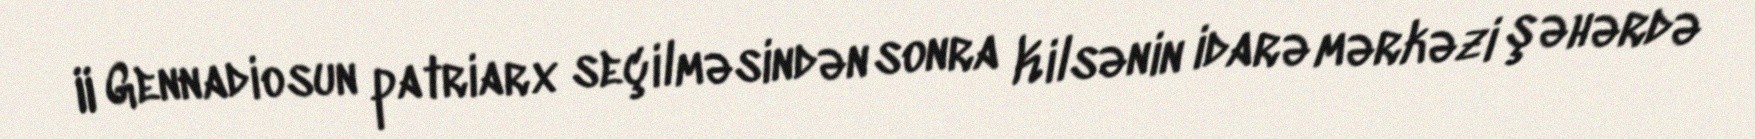
II Gennadiosun patriarx seçilməsindən sonra Kilsənin idarə mərkəzi şəhərdə